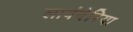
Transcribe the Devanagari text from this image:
लावंदेरिया